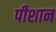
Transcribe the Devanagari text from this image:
पीशान